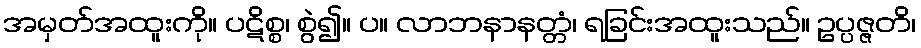
အမှတ်အထူးကို။ ပဋိစ္စ၊ စွဲ၍။ ပ။ လာဘနာနတ္တံ၊ ရခြင်းအထူးသည်။ ဥပ္ပဇ္ဇတိ၊